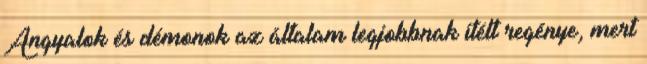
Angyalok és démonok az általam legjobbnak ítélt regénye, mert